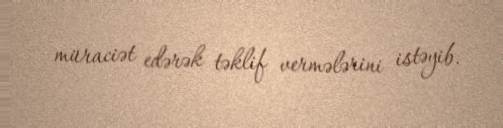
müraciət edərək təklif vermələrini istəyib.